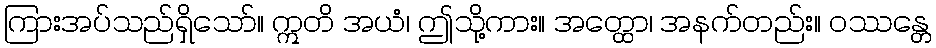
ကြားအပ်သည်ရှိသော်။ ဣတိ အယံ၊ ဤသို့ကား။ အတ္ထော၊ အနက်တည်း။ ဝဿန္တေ